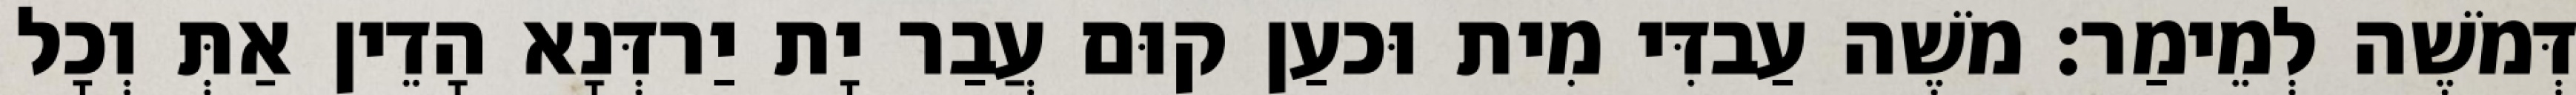
דְּמֹשֶׁה לְמֵימַר׃ מֹשֶׁה עַבדִּי מִית וּכעַן קוּם עֲבַר יָת יַרדְּנָא הָדֵין אַתְּ וְכָל